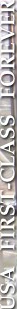
USA FIRST-CLASS FOREVER